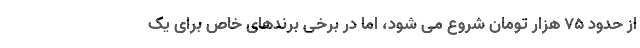
از حدود ۷۵ هزار تومان شروع می شود، اما در برخی برندهای خاص برای یک